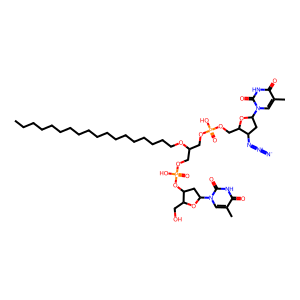
SMILES: CCCCCCCCCCCCCCCCCCOC(COP(=O)(O)OCC1OC(n2cc(C)c(=O)[nH]c2=O)CC1N=[N+]=[N-])COP(=O)(O)OC1CC(n2cc(C)c(=O)[nH]c2=O)OC1CO
Inhibits HIV replication: Yes